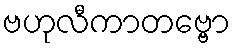
ဗဟုလီကာတဗ္ဗော